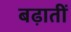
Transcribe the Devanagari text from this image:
बढ़ातीं